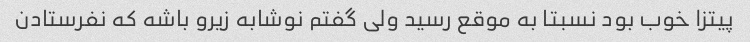
پیتزا خوب بود نسبتا به موقع رسید ولی گفتم نوشابه زیرو باشه که نفرستادن